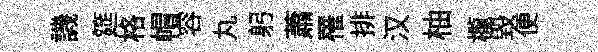
譏筵格帽容丸躬蕭罹排汉柚櫳毁便